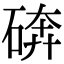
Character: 𰧆